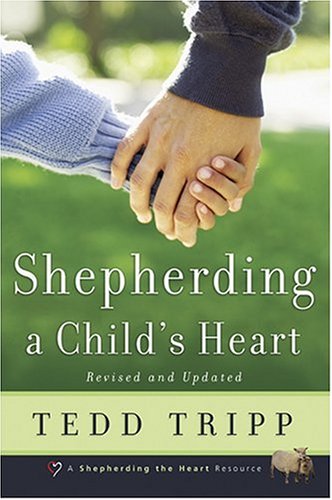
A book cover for Shepherding a Child's Heart; Tedd Tripp; Parenting & Relationships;